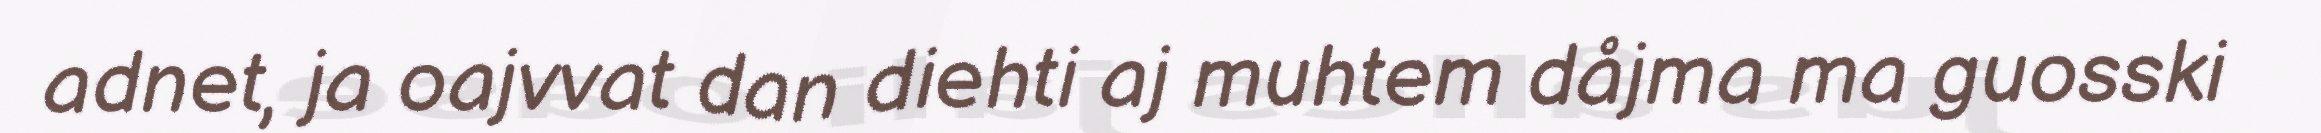
adnet, ja oajvvat dan diehti aj muhtem dåjma ma guosski